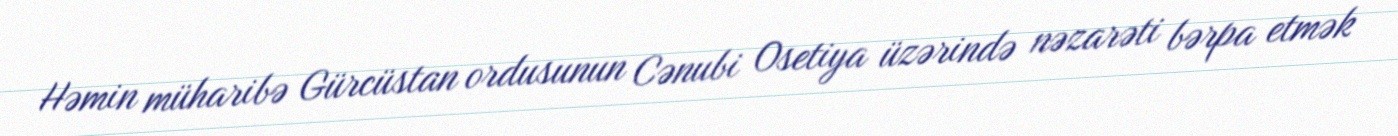
Həmin müharibə Gürcüstan ordusunun Cənubi Osetiya üzərində nəzarəti bərpa etmək